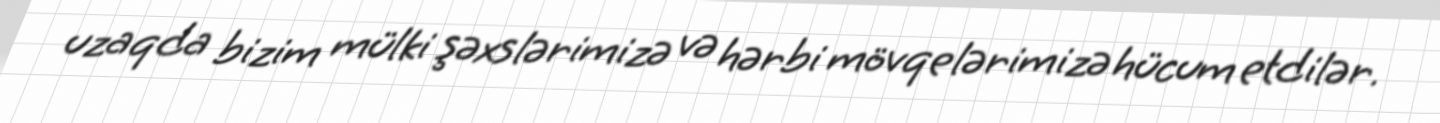
uzaqda bizim mülki şəxslərimizə və hərbi mövqelərimizə hücum etdilər.